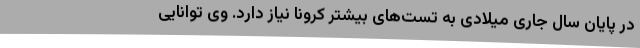
در پایان سال جاری میلادی به تست‌های بیشتر کرونا نیاز دارد. وی توانایی